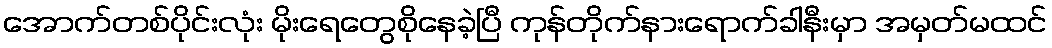
အောက်တစ်ပိုင်းလုံး မိုးရေတွေစိုနေခဲ့ပြီ ကုန်တိုက်နားရောက်ခါနီးမှာ အမှတ်မထင်